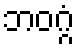
ဘဝဂ္ဂံ